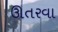
ઊતરવા